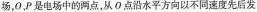
场，0，P是电场中的两点，从O点沿水平方向以不同速度先后发